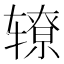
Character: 𰺛